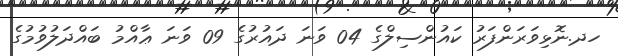
ހދ.ނޮޅިވަރަންފަރު ކައުންސިލްގެ 04 ވަނަ ދައުރުގެ 09 ވަނަ ޢާއްމު ބައްދަލުވުމުގެ